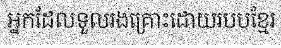
អ្នកដែលទួលរងគ្រោះដោយរបបខ្មែរ